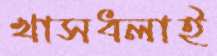
খাসধলাই